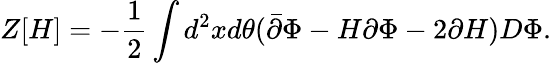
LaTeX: Z[H]=-\frac{1}{2}\int d^{2}xd\theta(\bar{\partial}\Phi-H\partial\Phi-2\partial H)D\Phi.